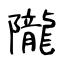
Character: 隴